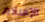
الإسلام